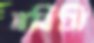
নবিসি